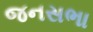
જનસભા